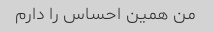
من همین احساس را دارم